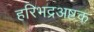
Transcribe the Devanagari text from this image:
हरिभद्रअष्टक